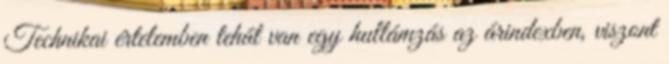
Technikai értelemben tehát van egy hullámzás az árindexben, viszont